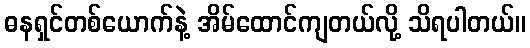
ဓနရှင်တစ်ယောက်နဲ့ အိမ်ထောင်ကျတယ်လို့ သိရပါတယ်။